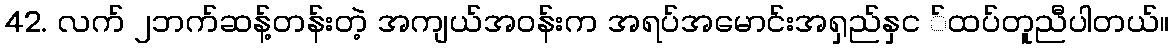
42. လက် ၂ဘက်ဆန့်တန်းတဲ့ အကျယ်အဝန်းက အရပ်အမောင်းအရှည်နှင ်ထပ်တူညီပါတယ်။